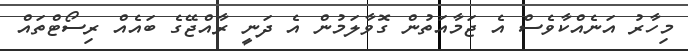
މިހާރު އަނެއްކާވެސް އެ ޖަމާއަތުން ގޮވާލަމުން އެ ދަނީ ރާއްޖޭގެ ބައެއް ރިސޯޓްތައް